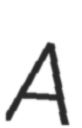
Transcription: A